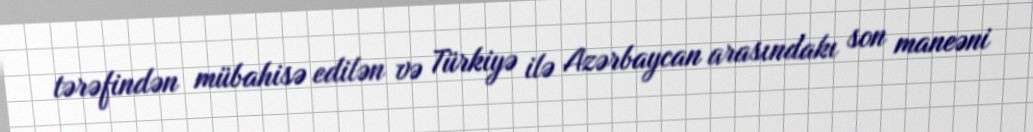
tərəfindən mübahisə edilən və Türkiyə ilə Azərbaycan arasındakı son maneəni